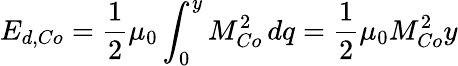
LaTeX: E_{d,Co}=\frac{1}{2}\mu_{0}\int_{0}^{y}M_{Co}^{2}\, dq=\frac{1}{2}\mu_{0}M_{Co}^{2}y